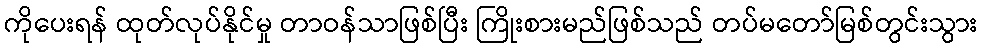
ကိုပေးရန် ထုတ်လုပ်နိုင်မှု တာဝန်သာဖြစ်ပြီး ကြိုးစားမည်ဖြစ်သည် တပ်မတော်မြစ်တွင်းသွား